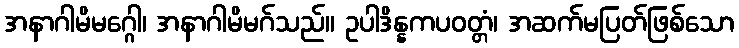
အနာဂါမိမဂ္ဂေါ၊ အနာဂါမိမဂ်သည်။ ဥပါဒိန္နကပဝတ္တံ၊ အဆက်မပြတ်ဖြစ်သော